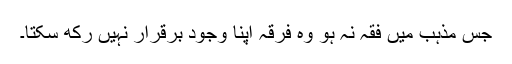
جس مذہب میں فقہ نہ ہو وہ فرقہ اپنا وجود برقرار نہیں رکھ سکتا۔